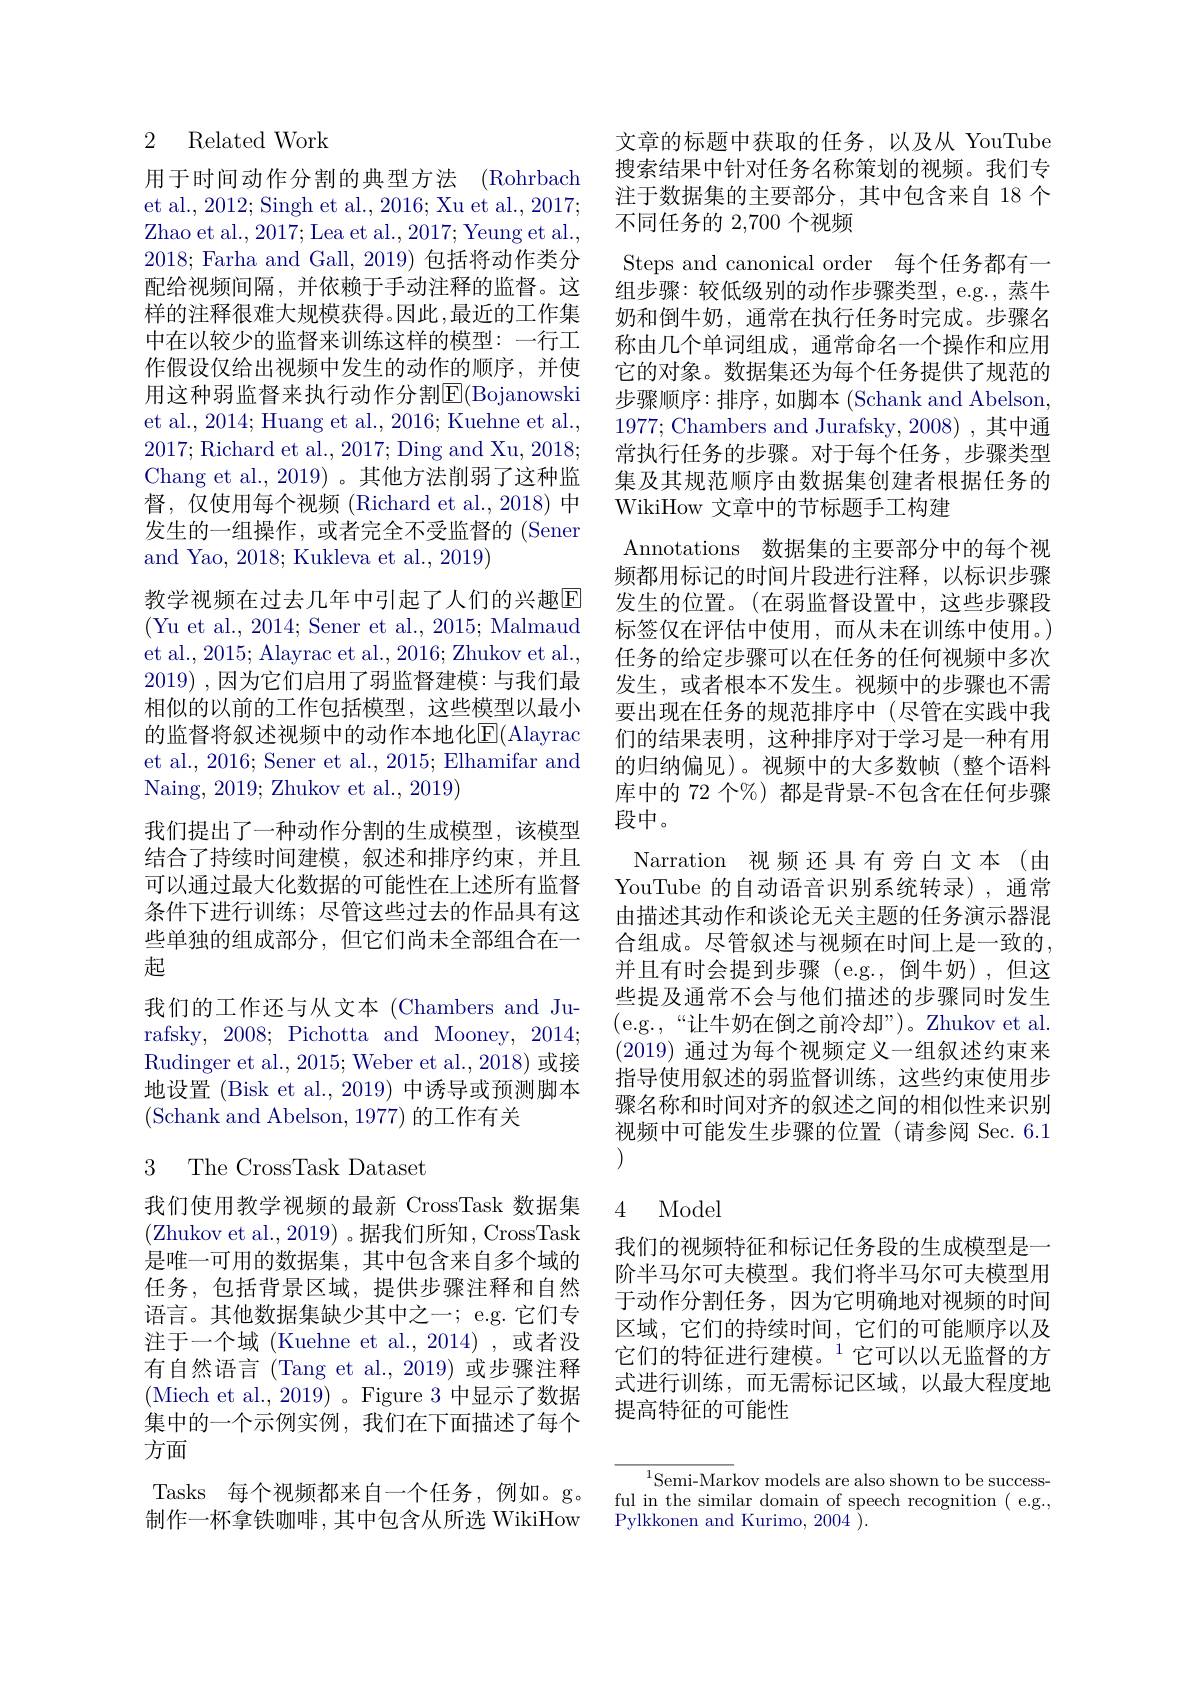
## 2 Related Work

用于时间动作分割的典型方法 (Rohrbach et al., 2012; Singh et al., 2016; Xu et al., 2017; Zhao et al. , 2017; Lea et al. , 2017; Yeung et al. , 2018; Farha and Gall, 2019) 包括将动作类分配给视频间隔，并依赖于手动注释的监督。这样的注释很难大规模获得。因此，最近的工作集中在以较少的监督来训练这样的模型：一行工作假设仅给出视频中发生的动作的顺序，并使用这种弱监督来执行动作分割$\overline{\mathrm{E}}($Bojanowski et al., 2014; Huang et al., 2016; Kuehne et al., 2017; Richard et al., 2017; Ding and Xu, 2018; Chang et al., 2019) 。其他方法削弱了这种监督，仅使用每个视频 (Richard et al.,2018) 中发生的一组操作，或者完全不受监督的 (Sener and Yao, 2018; Kukleva et al., 2019)
教学视频在过去几年中引起了人们的兴趣回(Yu et al., 2014; Sener et al., 2015; Malmaud et al., 2015; Alayrac et al., 2016; Zhukov et al., 2019) , $因 为 它 们 启 用 了 弱 监 督 建 模 :$ 与我们最相似的以前的工作包括模型，这些模型以最小的监督将叙述视频中的动作本地化E(Alayrac et al., 2016; Sener et al., 2015; Elhamifar and Naing, 2019; Zhukov et al., 2019)
我们提出了一种动作分割的生成模型，该模型结合了持续时间建模，叙述和排序约束，并且可以通过最大化数据的可能性在上述所有监督条件下进行训练；尽管这些过去的作品具有这些单独的组成部分，但它们尚未全部组合在一起
我们的工作还与从文本(Chambers and Jurafsky, 2008; Pichotta and Mooney, 2014; Rudinger et al., 2015; Weber et al., 2018) 或接地设置 (Bisk et al., 2019) 中诱导或预测脚本(Schank and Abelson, 1977) 的工作有关

## 3 The CrossTask Dataset

我们使用教学视频的最新 CrossTask 数据集(Zhukov et al., 2019) 。据我们所知 , CrossTask 是唯一可用的数据集，其中包含来自多个域的任务，包括背景区域，提供步骤注释和自然语言。其他数据集缺少其中之一；e.g. 它们专注于一个域 (Kuehne et al.,2014) ,或者没有自然语言(Tang et al.,2019)或步骤注释(Miech et al., 2019)。Figure 3 中显示了数据集中的一个示例实例，我们在下面描述了每个方面
Tasks 每个视频都来自一个任务，例如。g。制作一杯拿铁咖啡，其中包含从所选 WikiHow

文章的标题中获取的任务，以及从 YouTube 搜索结果中针对任务名称策划的视频。我们专注于数据集的主要部分，其中包含来自 18 个不同任务的 2,700 个视频
Steps and canonical order 每个任务都有一组步骤：较低级别的动作步骤类型，e.g., 蒸牛奶和倒牛奶，通常在执行任务时完成。步骤名称由几个单词组成，通常命名一个操作和应用它的对象。数据集还为每个任务提供了规范的步骤顺序：排序，如脚本(Schank and Abelson, 1977; Chambers and Jurafsky, 2008),其中通常执行任务的步骤。对于每个任务，步骤类型集及其规范顺序由数据集创建者根据任务的WikiHow 文章中的节标题手工构建
Annotations 数据集的主要部分中的每个视频都用标记的时间片段进行注释，以标识步骤发生的位置。(在弱监督设置中，这些步骤段标签仅在评估中使用，而从未在训练中使用。) 任务的给定步骤可以在任务的任何视频中多次发生，或者根本不发生。视频中的步骤也不需要出现在任务的规范排序中(尽管在实践中我们的结果表明，这种排序对于学习是一种有用的归纳偏见)。视频中的大多数帧(整个语料库中的 72 个%) 都是背景-不包含在任何步骤段中。
Narration 视频还具有旁白文本(由YouTube 的自动语音识别系统转录),通常由描述其动作和谈论无关主题的任务演示器混合组成。尽管叙述与视频在时间上是一致的， 并且有时会提到步骤(e.g.,倒牛奶),但这些提及通常不会与他们描述的步骤同时发生(e.g.,“让牛奶在倒之前冷却”)。Zhukov et al. (2019) 通过为每个视频定义一组叙述约束来指导使用叙述的弱监督训练，这些约束使用步骤名称和时间对齐的叙述之间的相似性来识别视频中可能发生步骤的位置(请参阅 Sec.6.1 (

### 4 ModeI

我们的视频特征和标记任务段的生成模型是一阶半马尔可夫模型。我们将半马尔可夫模型用于动作分割任务，因为它明确地对视频的时间区域，它们的持续时间，它们的可能顺序以及它们的特征进行建模。$^{1}$它可以以无监督的方式进行训练，而无需标记区域，以最大程度地提高特征的可能性

$^{1}$Semi-Markov models are also shown to be successful in the similar domain of speech recognition ( e.g., Pylkkonen and Kurimo, 2004 ).